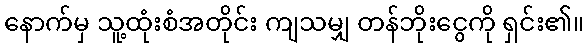
နောက်မှ သူ့ထုံးစံအတိုင်း ကျသမျှ တန်ဘိုးငွေကို ရှင်း၏။